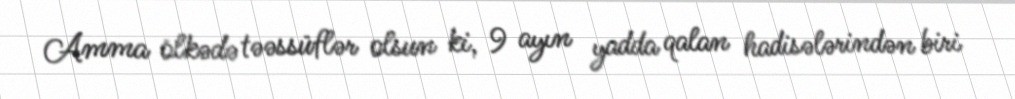
Amma ölkədə təəssüflər olsun ki, 9 ayın yadda qalan hadisələrindən biri